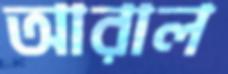
আরাল